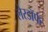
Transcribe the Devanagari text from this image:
लेरडॉर्फ